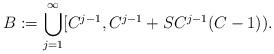
LaTeX: \begin{align*}B := \bigcup_{j=1}^\infty [C^{j-1}, C^{j-1} + S C^{j-1}(C-1)).\end{align*}